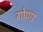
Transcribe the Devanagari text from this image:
गोणा